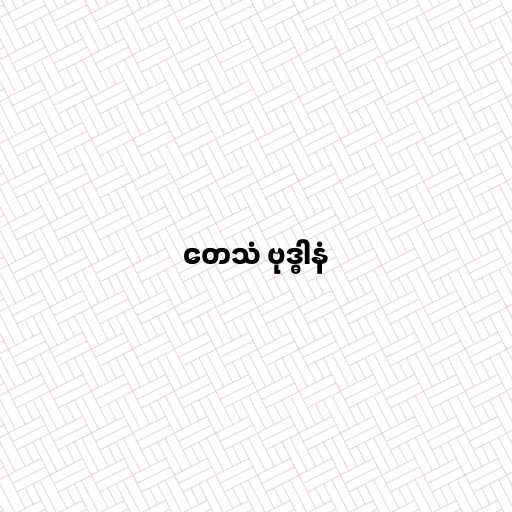
တေသံ ဗုဒ္ဓါနံ